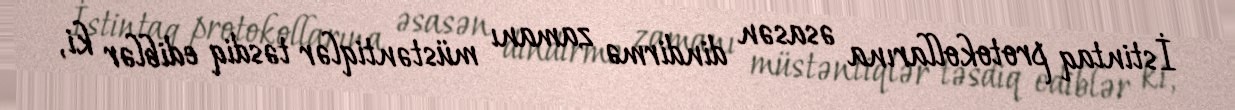
İstintaq protokollarına əsasən dindirmə zamanı müstəntiqlər təsdiq ediblər ki,